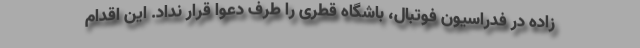
زاده در فدراسیون فوتبال، باشگاه قطری را طرف دعوا قرار نداد. این اقدام